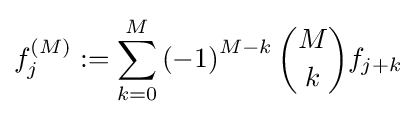
f_{j}^{(M)}:=\sum _{k=0}^{M}\left(-1\right)^{M-k}{M \choose k}f_{j+k}